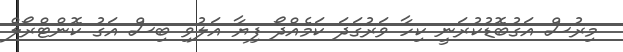
މިރުސް އަގުބޮޑުކުރަނީ ކިހާ ވަރުގަދަ ކަމެއްދޯ ފިޔާ އަލުވި ބިސް އަގު ކޮންޓްރޯލް